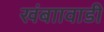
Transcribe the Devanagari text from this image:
खंबाावाडी